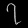
Digit: ၇